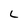
Character: 2